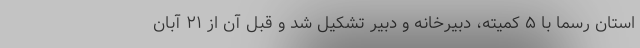
استان رسما با ۵ کمیته، دبیرخانه و دبیر تشکیل شد و قبل آن از ۲۱ آبان